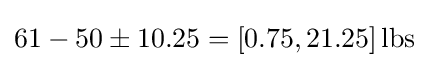
61-50\pm 10.25=[0.75,21.25]\,{\text{lbs}}